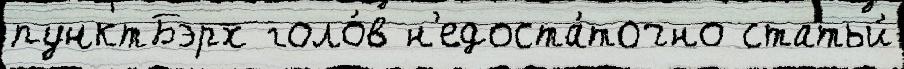
пунктБэрх голо́в н'едоста́точно статьи́